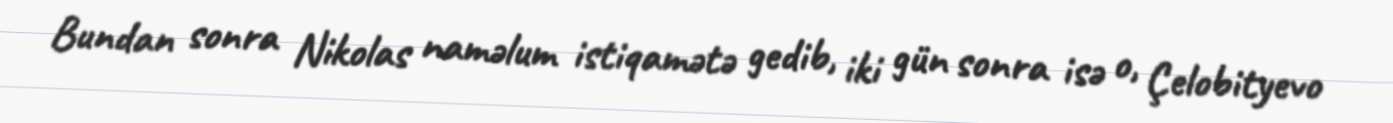
Bundan sonra Nikolas naməlum istiqamətə gedib, iki gün sonra isə o, Çelobityevo